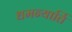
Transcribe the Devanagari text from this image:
धमन्यार्ति